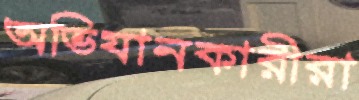
অভিযানকারীরা